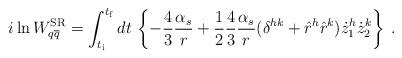
LaTeX: \begin{align*}i \ln W^{{\rm SR}}_{q\overline{q}} = \int_{t_{\rm i}}^{t_{\rm f}} dt \,\left\{ - \frac{4}{3} \frac{\alpha_s}{r} + \frac{1}{2}\frac{4}{3} \frac{\alpha_s}{r} (\delta^{hk} + \hat{r}^h\hat{r}^k) \dot{z}_1^h \dot{z}_2^k \right\} \> .\end{align*}